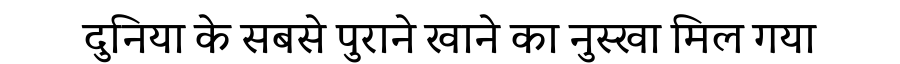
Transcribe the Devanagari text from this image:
दुनिया के सबसे पुराने खाने का नुस्खा मिल गया